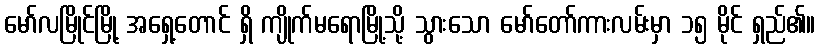
မော်လမြိုင်မြို့ အရှေ့တောင် ရှိ ကျိုက်မရောမြို့သို့ သွားသော မော်တော်ကားလမ်းမှာ ၁၅ မိုင် ရှည်၏။